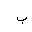
Letter: _ba